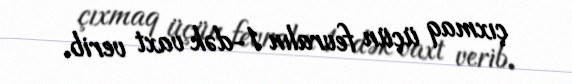
çıxmaq üçün fevralın 1-dək vaxt verib.